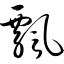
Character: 飘